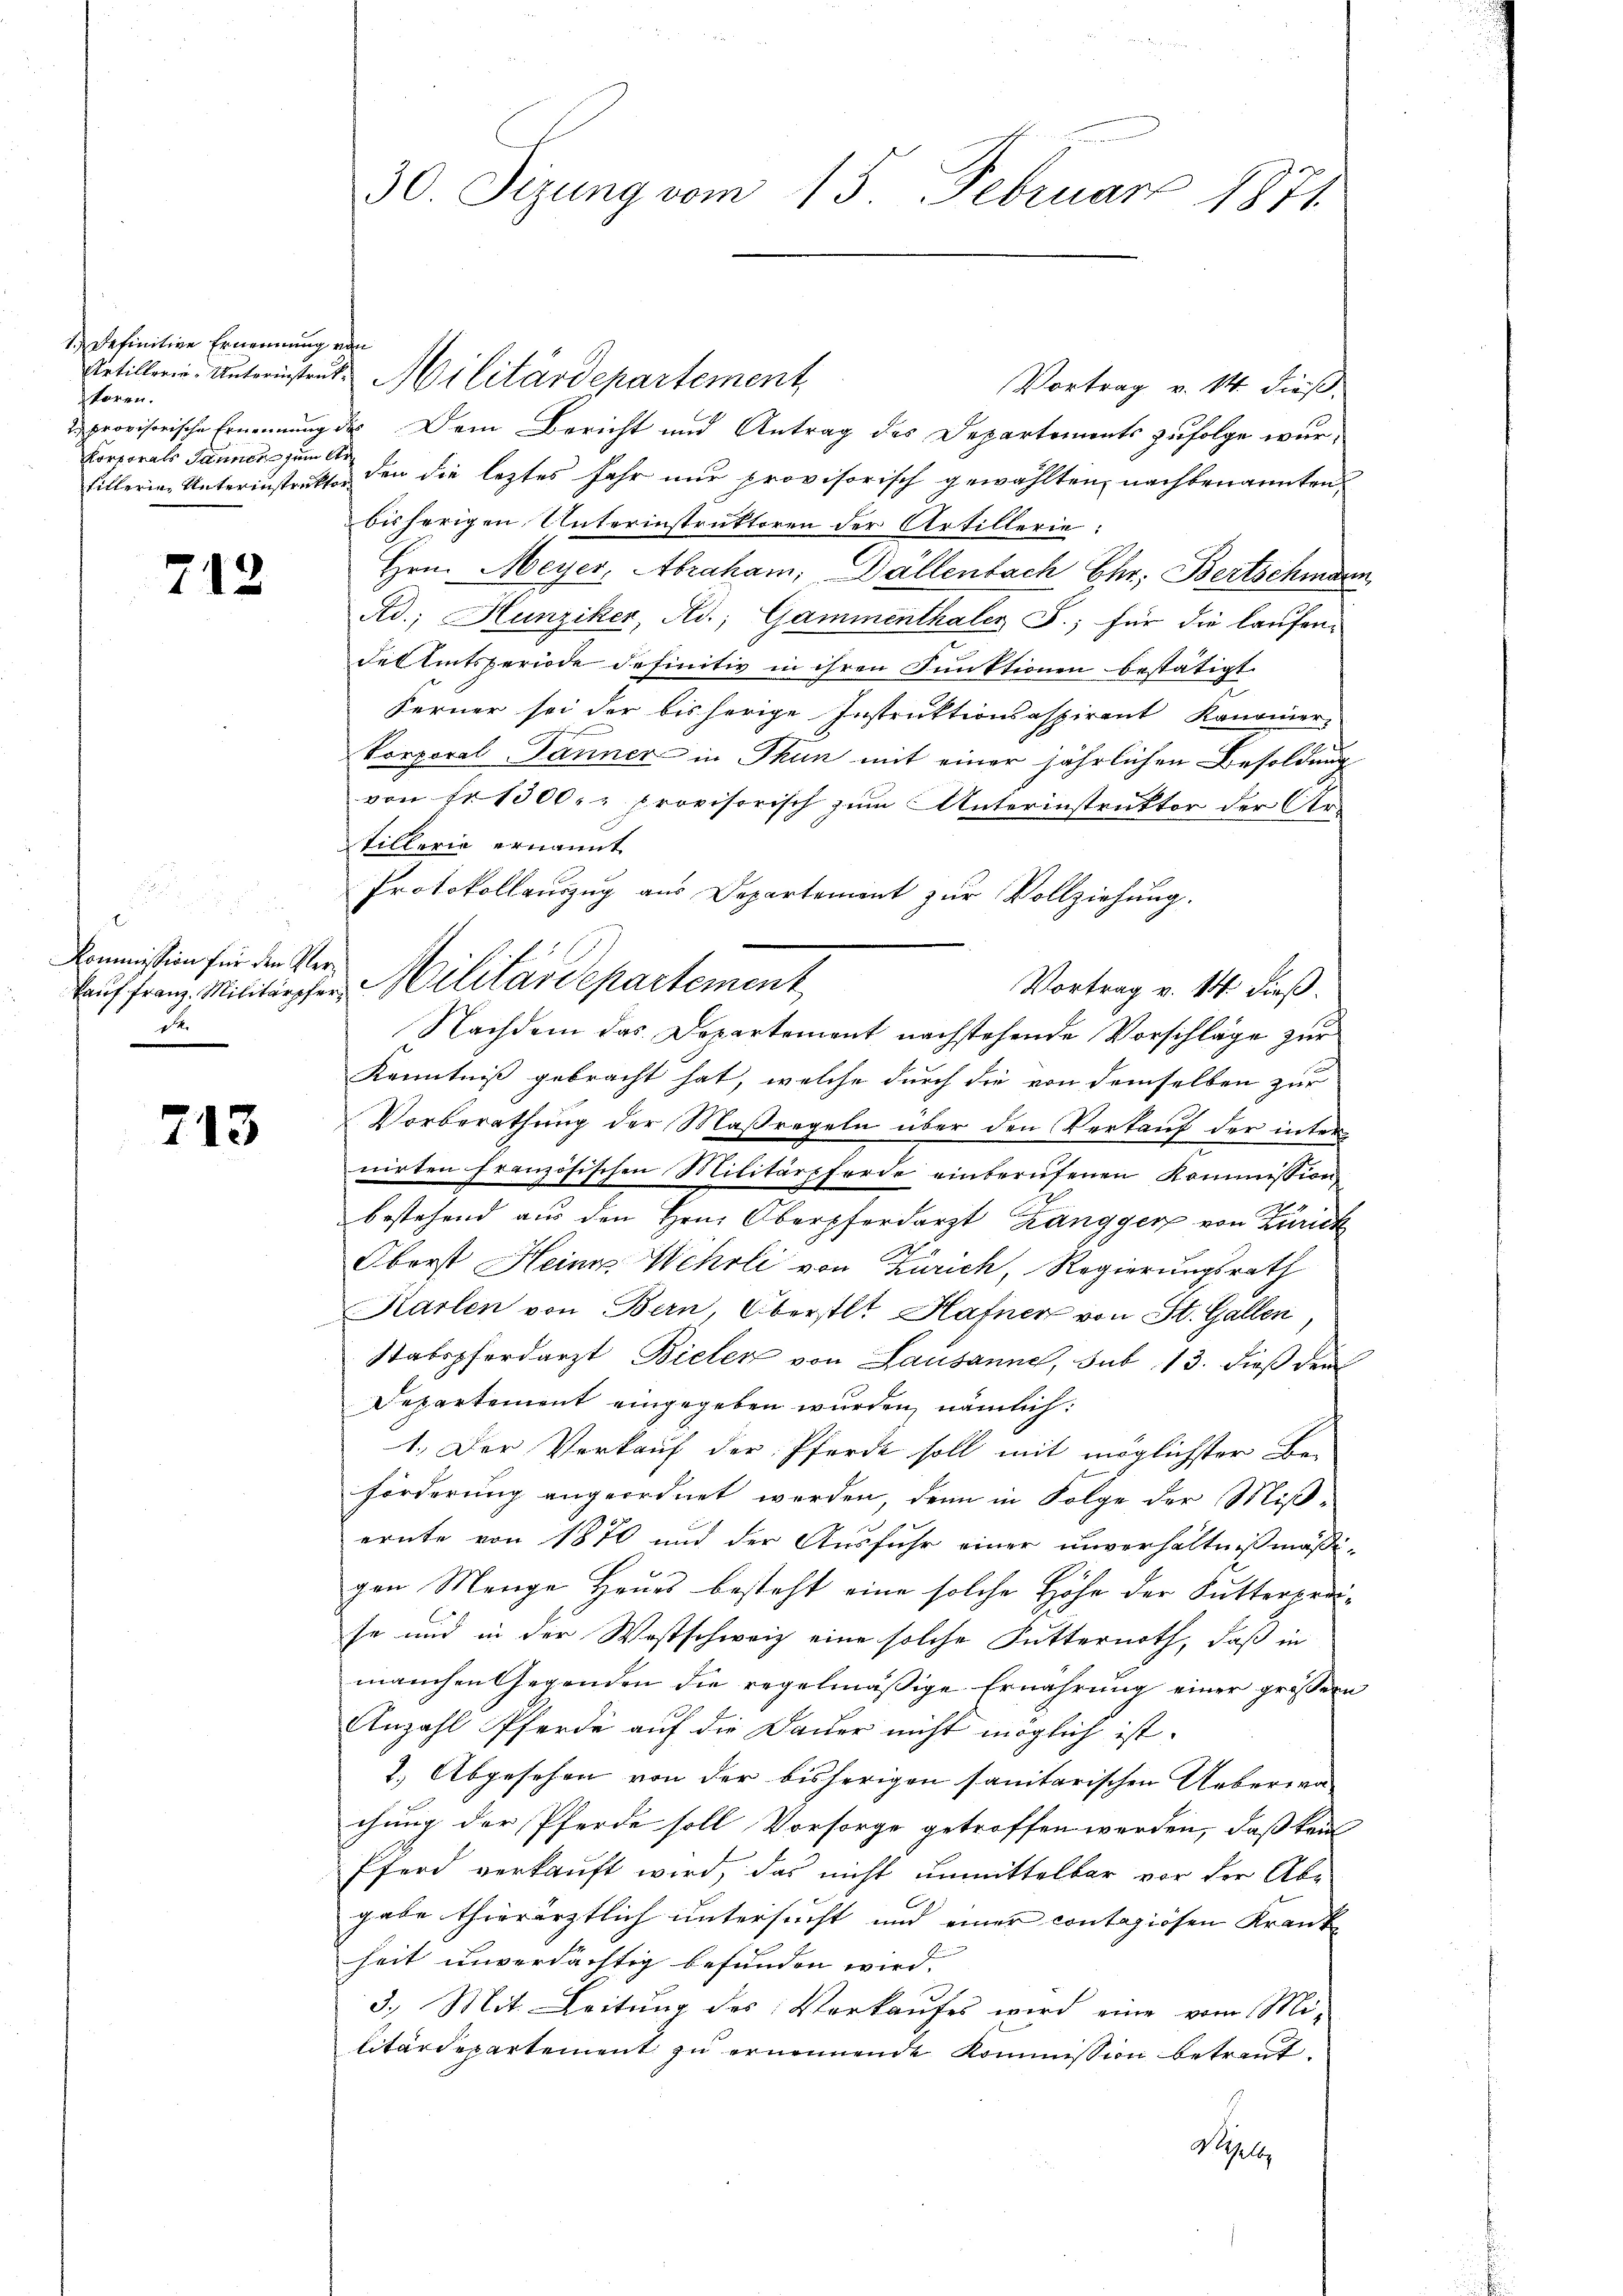
1.) Definitive Ernennung von
tören.
Korporats Jänner zum Re

718

E
Kommission für den Verd

713

30. Sizung vom 15. Februar 1871

Vortrag v. 14. dieß.
provisorische Ernennung des Dein Bericht und Antrag des Departements zufolge wurfillerie-Unterinstrukt den die letztes Jahr nur provisorisch gewählten nachbenannten
bisherigen Unterinstruktoren der Artillerie:
Hrn. Meyer, Abraham, Dällenbach Chr. Bertschmann
Ad; Hunziker, Ad; Gammenthaler J.; für die laufen-
des Amtsperiode definitiv in ihren Funktionen bestätigt.
Ferner sei der bisherige Instruktionsaspirant Kanonier
Porporal-Tanner in Thun mit einer jährlichen Besoldung
von Fr. 1300.- provisorisch zum Unterinstruktor der Artillerie ernannt
Protokollauszug aus Departement zur Vollziehung.
Vortrag v. 14. dieß.
Nachdem das Departement nachstehende Vorschläge zur
Kenntniß gebracht hat, welche durch die von demselben zur
Vorberathung der Maßregeln über den Verkauf der internirten französischen Militärpferde einberŭfenen Kommission
bestehend aus den Hrn. Oberpferdarzt Zangger von Zürich
Oberst Heine Wehrli von Zürich, Regierungsrath
Karlen von Bern, Oberstlt Hafner von St. Gallen,
Stabspferdarzt Bieler von Lausannes, sub 13. dieß der
Departement eingegeben wurden, nämlich:
1. Der Verkauf der Pferde soll mit möglichster Be-
forderung angeordnet werden, denn in Folge der Miß-
ernte von 1870 und der Ausfuhr einer unverhältnißmäßigen Menge Heues besteht eine solche Höhe der Futterpreise und in der Westschweiz eine solche Futternoth, daß in
manchen Gegenden die regelmäßige Ernährung einer größer
Anzahl Pferde auf die Dauer nicht möglich ist.
2.) Abgesehen von der bisherigen sanitarischen Ueberwa-
chung der Pferde soll Vorsorge getroffen werden, daß kein
Pferd verkauft wird, das nicht unmittelbar vor der Abgabe thierärztlich untersucht und einer contagiösen Krankheit unverdächtig befunden wird.
3.) Mit Leitung des Verkaufes wird eine vom Mi-
litärdepartement zu ernennende Kommission betraut.
d geleg

Netillerie-Unterinstent. Militärdepartement,

kaŭf franz Militärpfer Militärdepartement